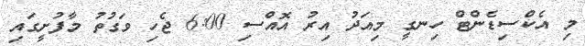
މި އެކްސިޑެންޓް ހިނގީ މިއަދު އިރު އޮއްސި 6:00 ޖެހި ވަގުތު މާފުށީގައި